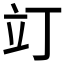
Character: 𫞻